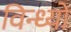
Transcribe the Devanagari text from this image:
विन्ध्यो